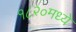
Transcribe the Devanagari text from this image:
१८२०मध्ये